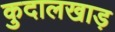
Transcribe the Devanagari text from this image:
कुदालखाड़